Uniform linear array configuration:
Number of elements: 24
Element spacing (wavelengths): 0.25
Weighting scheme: hann
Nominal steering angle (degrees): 0
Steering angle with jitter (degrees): -0.2432
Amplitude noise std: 0.05
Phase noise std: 0.05

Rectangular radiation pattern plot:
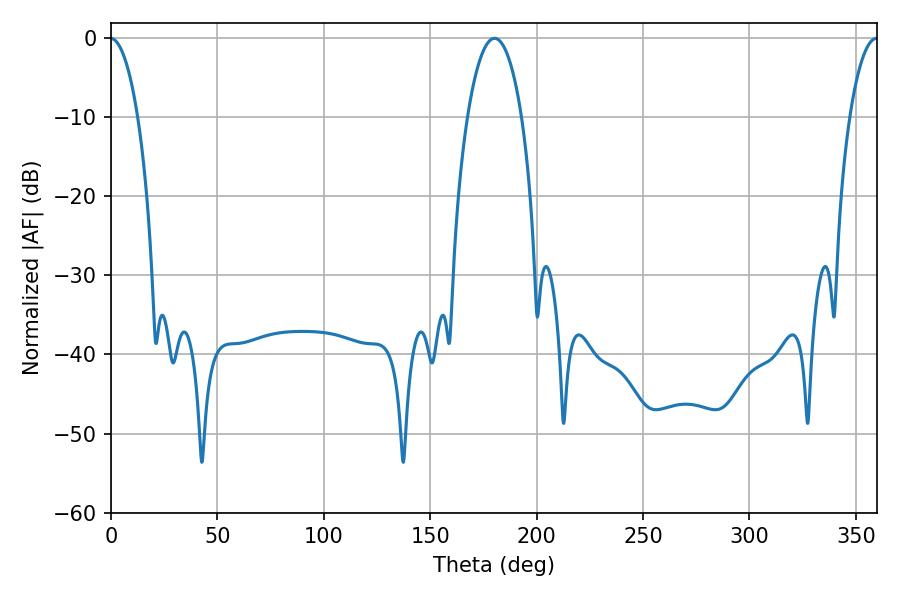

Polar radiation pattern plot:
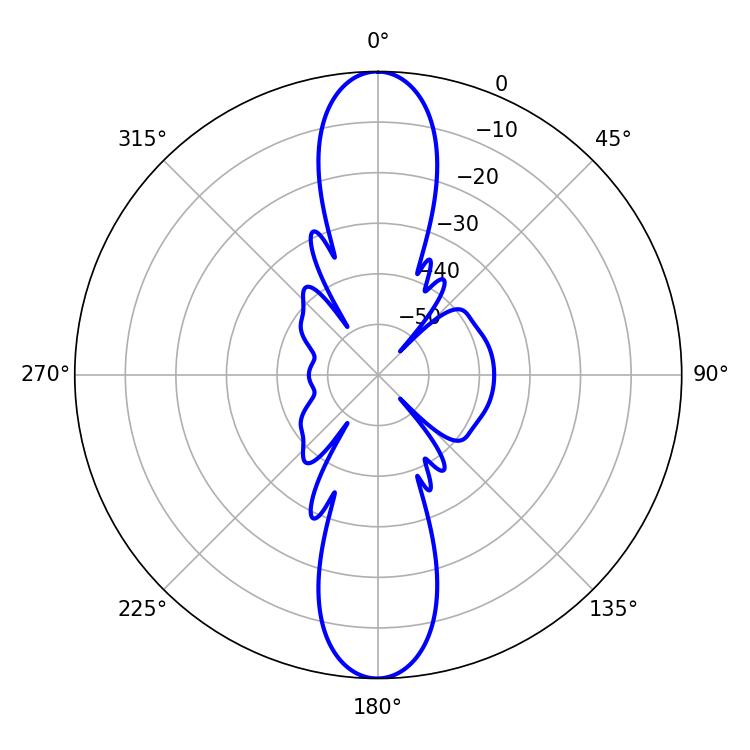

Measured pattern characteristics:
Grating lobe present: FALSE
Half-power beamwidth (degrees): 14.22
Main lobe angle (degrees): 180.18